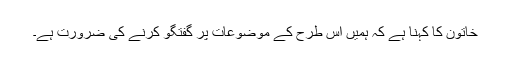
خاتون کا کہنا ہے کہ ہمیں اس طرح کے موضوعات پر گفتگو کرنے کی ضرورت ہے۔